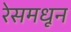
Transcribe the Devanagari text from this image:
रेसमधून